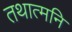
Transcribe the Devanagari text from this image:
तथात्मनि